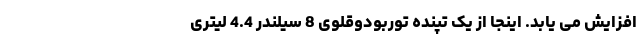
افزایش می یابد. اینجا از یک تپنده توربودوقلوی 8 سیلندر 4.4 لیتری